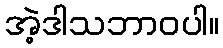
အဲ့ဒါသဘာဝပါ။